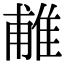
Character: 𨿌